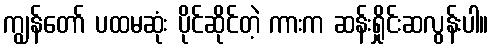
ကျွန်တော် ပထမဆုံး ပိုင်ဆိုင်တဲ့ ကားက ဆန်းရှိုင်းဆလွန်းပါ။